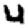
Digit: 4